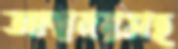
আদাবরসহ